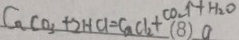
C a C O _ { 3 } + 2 H C l = C a C l _ { 2 } + C O _ { 2 } \uparrow + H _ { 2 } O